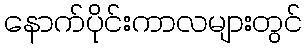
နောက်ပိုင်းကာလများတွင်